Problem: 3 × 3 = ?
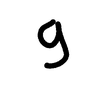
Handwritten answer: 9